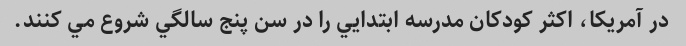
در آمريكا، اكثر كودكان مدرسه ابتدايي را در سن پنج سالگي شروع مي كنند.